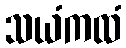
သယံကထံ